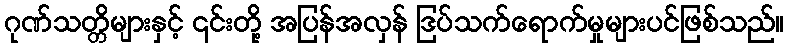
ဂုဏ်သတ္တိများနှင့် ၎င်းတို့ အပြန်အလှန် ဒြပ်သက်ရောက်မှုများပင်ဖြစ်သည်။